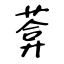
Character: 葊